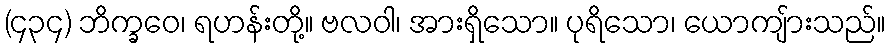
(၄၃၄) ဘိက္ခဝေ၊ ရဟန်းတို့။ ဗလဝါ၊ အားရှိသော။ ပုရိသော၊ ယောကျ်ားသည်။